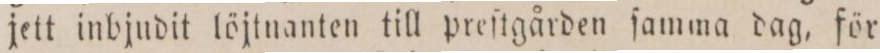
jett inbjudit löjtnanten till preſtgården ſamma dag, för